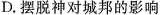
D.摆脱神对城邦的影响